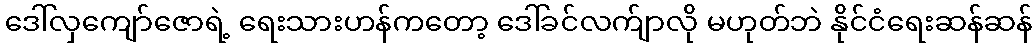
ဒေါ်လှကျော်ဇောရဲ့ ရေးသားဟန်ကတော့ ဒေါ်ခင်လက်ျာလို မဟုတ်ဘဲ နိုင်ငံရေးဆန်ဆန်